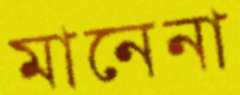
মানেনা